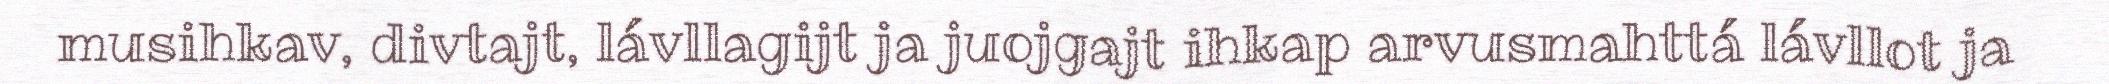
musihkav, divtajt, lávllagijt ja juojgajt ihkap arvusmahttá lávllot ja